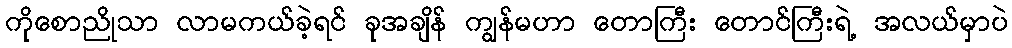
ကိုစောညိုသာ လာမကယ်ခဲ့ရင် ခုအချိန် ကျွန်မဟာ တောကြီး တောင်ကြီးရဲ့ အလယ်မှာပဲ